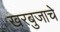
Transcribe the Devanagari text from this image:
खरबुजाचे